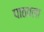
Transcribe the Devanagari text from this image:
पाठवला